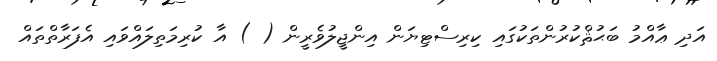
އަދި ޢާއްމު ބަޙުޘްކުރުންތަކުގައި ކިރިސްޓިޔަން އިންޖީލުވެރީން ( ) އާ ކުރިމަތިލައްވައި އެފަރާތްތައް